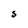
Character: S